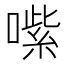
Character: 㗪